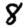
Digit: 8